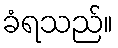
ခံရသည်။